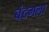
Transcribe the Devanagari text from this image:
बंदगला